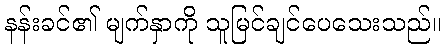
နန်းခင်၏ မျက်နှာကို သူမြင်ချင်ပေသေးသည်။